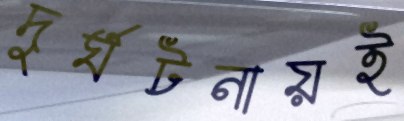
দুর্ঘটনায়ই